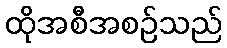
ထိုအစီအစဉ်သည်